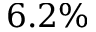
6 . 2 \%